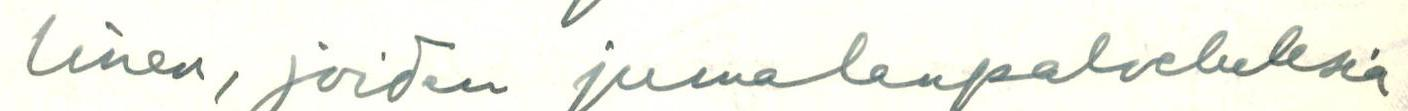
linen, joiden jumalanpalveluksia